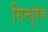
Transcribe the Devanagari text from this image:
सिन्धुपंक